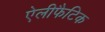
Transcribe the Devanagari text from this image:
ऐलीफैटिक